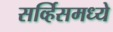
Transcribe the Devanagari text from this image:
सर्व्हिसमध्ये